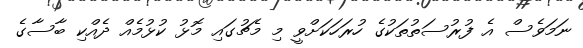
ނަމަވެސް އެ ފުރުސަތުތަކުގެ ހުރަހަކަށްވީ މި މެޗުގައި މޮޅު ކުޅުމެއް ދެއްކި ބާސާގެ